Source: Handwritten
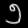
Digit: ၅ (5)